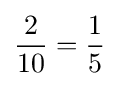
{\frac {2}{10}}={\frac {1}{5}}